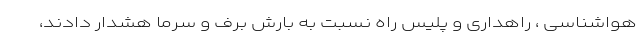
هواشناسی ، راهداری و پلیس راه نسبت به بارش برف و سرما هشدار دادند،